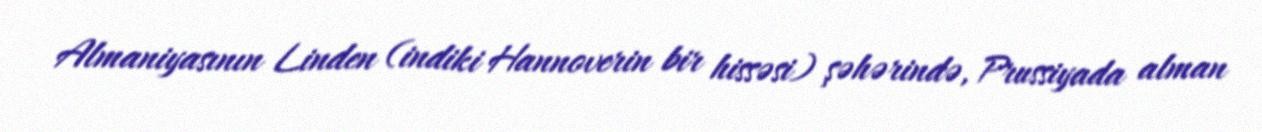
Almaniyasının Linden (indiki Hannoverin bir hissəsi) şəhərində, Prussiyada alman